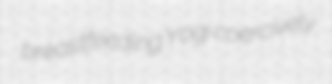
breastfeeding Yogi coercively